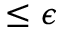
\leq \epsilon